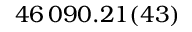
4 6 \, 0 9 0 . 2 1 ( 4 3 )